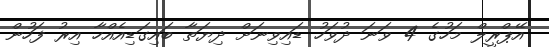
އޭޕްރީލް މަހުގެ 4 ވަނަ ދުވަހު ޑައިވިނަށް ދިޔަތާ ބައިގަޑިއެއްހާ އިރު ފަހުން